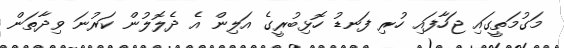
މަގުމަތީގައި ޖަހާފައި ހުރި ފަނޑު ހޮޅިބުރީގެ އަލިން އެ ދެލޮލުން ކަރުނަ ވިދާތަން